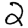
Digit: 2